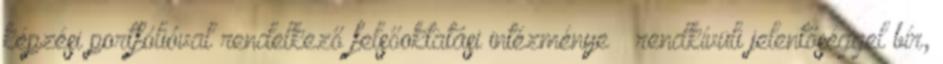
képzési portfólióval rendelkező felsőoktatási intézménye – rendkívüli jelentőséggel bír,